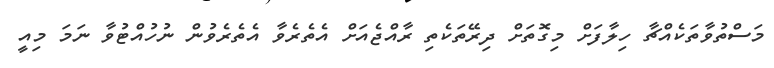
މަސްތުވާތަކެއްޗާ ހިލާފަށް މިގޮތަށް ދިރޭތަކެތި ރާއްޖެއަށް އެތެރެވާ އެތެރެވުން ނުހުއްޓުވާ ނަމަ މިއީ